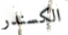
الكسندر